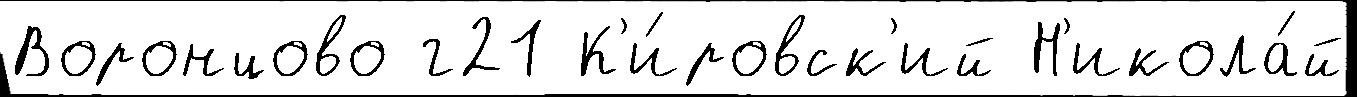
Воронцово г21 К'и́ровск'ий Н'икола́й